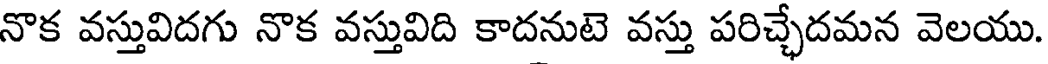
నొక వస్తువిదగు నొక వస్తువిది కాదనుటె వస్తు పరిచ్చేదమన వెలయు.